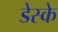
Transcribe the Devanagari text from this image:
डेस्के